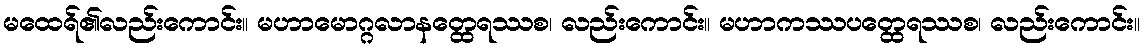
မထေရ်၏လည်းကောင်း။ မဟာမောဂ္ဂလာနတ္ထေရဿစ၊ လည်းကောင်း။ မဟာကဿပတ္ထေရဿစ၊ လည်းကောင်း။